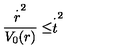
\frac { \stackrel { \cdot } { r } ^ { 2 } } { V _ { 0 } ( r ) } \leq \stackrel { \cdot } { t } ^ { 2 }